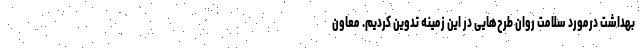
بهداشت درمورد سلامت روان طرح‌هایی در این زمینه تدوین کردیم. معاون